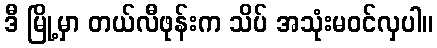
ဒီ မြို့မှာ တယ်လီဖုန်းက သိပ် အသုံးမဝင်လှပါ။